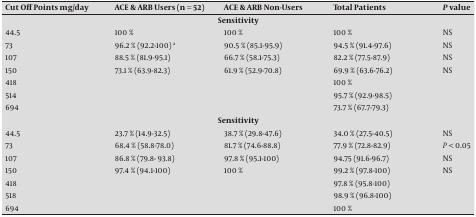
| Cut Off Points mg/day | ACE & ARB Users (n = 52) | ACE & ARB Non-Users | Total Patients | P value |
 | --- | --- | --- | --- | --- |
 | <COLSPAN=5> Sensitivity |
 | 44.5 | 100 % | 100 % | 100 % | NS |
 | 73 | 96.2 % (92.2-100) a | 90.5 % (85.1-95.9) | 94.5 % (91.4-97.6) | NS |
 | 107 | 88.5 % (81.9-95.1) | 66.7 % (58.1-75.3) | 82.2 % (77.5-87.9) | NS |
 | 150 | 73.1 % (63.9-82.3) | 61.9 % (52.9-70.8) | 69.9 % (63.6-76.2) | NS |
 | 418 |  |  | 100 % |  |
 | 514 |  |  | 95.7 % (92.9-98.5) |  |
 | 694 |  |  | 73.7 % (67.7-79.3) |  |
 | <COLSPAN=5> Sensitivity |
 | 44.5 | 23.7 % (14.9-32.5) | 38.7 % (29.8-47.6) | 34.0 % (27.5-40.5) | NS |
 | 73 | 68.4 % (58.8-78.0) | 81.7 % (74.6-88.8) | 77.9 % (72.8-82.9) | P < 0.05 |
 | 107 | 86.8 % (79.8- 93.8) | 97.8 % (95.1-100) | 94.75 (91.6-96.7) | NS |
 | 150 | 97.4 % (94.1-100) | 100 % | 99.2 % (97.8-100) | NS |
 | 418 |  |  | 97.8 % (95.8-100) |  |
 | 518 |  |  | 98.9 % (96.8-100) |  |
 | 694 |  |  | 100 % |  |